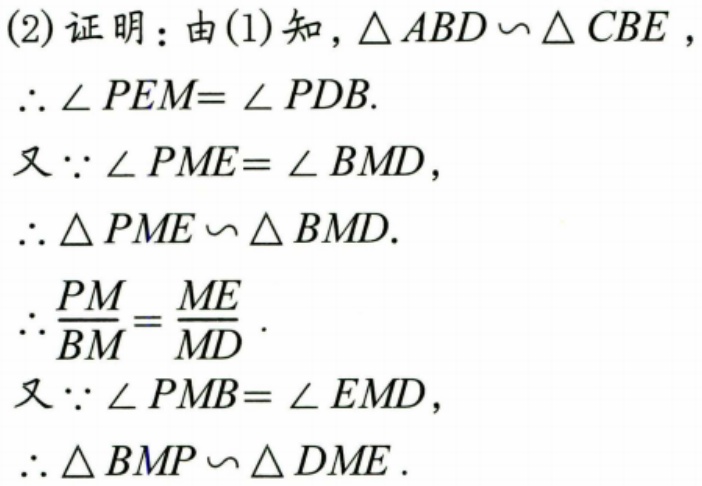
(2) 证明：由(1)知，\(\triangle ABD\backsim\triangle CBE\)，
\(\therefore \angle PEM=\angle PDB\).
又\(\because \angle PME=\angle BMD\)，
\(\therefore \triangle PME\backsim\triangle BMD\).
\(\therefore \frac{PM}{BM}=\frac{ME}{MD}\).
又\(\because \angle PMB=\angle EMD\)，
\(\therefore \triangle BMP\backsim\triangle DME\).